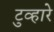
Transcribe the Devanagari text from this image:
टुव्हारे